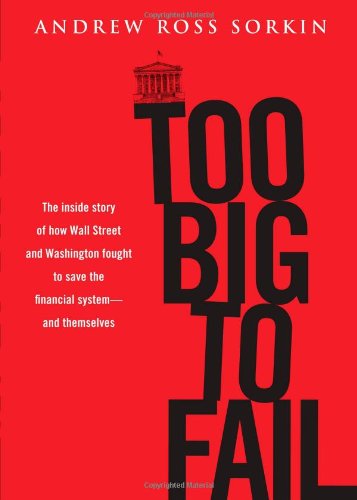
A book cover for Too Big to Fail: The Inside Story of How Wall Street and Washington Fought to Save the Financial System---and Themselves; Andrew Ross Sorkin; Business & Money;